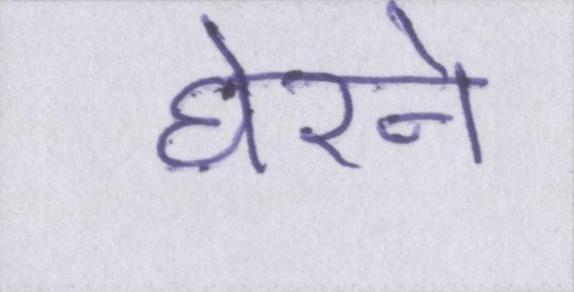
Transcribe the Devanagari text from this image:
घेरने